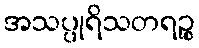
အသပ္ပုရိသတရဉ္စ